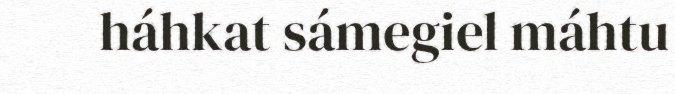
háhkat sámegiel máhtu